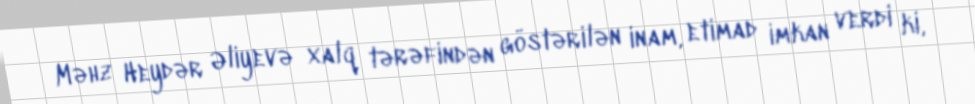
Məhz Heydər Əliyevə xalq tərəfindən göstərilən inam, etimad imkan verdi ki,